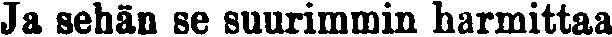
Ja sehän se suurimmin harmittaa